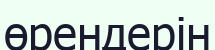
өрендерін